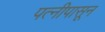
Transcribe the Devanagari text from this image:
पत्‍नीपासून